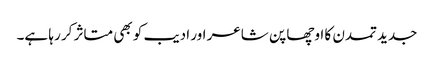
جدید تمدن کا اوچھا پن شاعر اور ادیب کو بھی متاثر کر رہا ہے۔